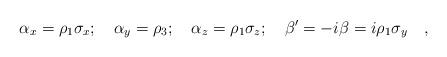
LaTeX: \begin{align*}\alpha_x =\rho_1 \sigma_x ;\quad \alpha_y =\rho_3 ;\quad\alpha_z =\rho_1 \sigma_z ; \quad\beta^\prime = -i\beta =i\rho_1 \sigma_y\quad,\end{align*}